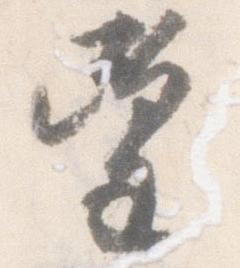
望